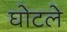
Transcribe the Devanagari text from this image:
घोटले